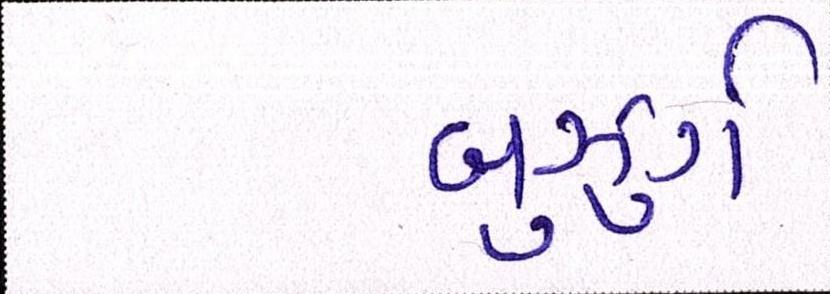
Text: બુઝુર્ગ